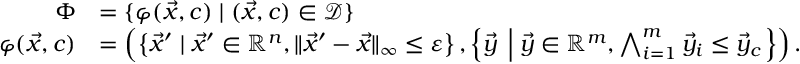
\begin{array} { r l } { \Phi } & { = { \{ \varphi ( \vec { x } , c ) \mid ( \vec { x } , c ) \in \mathcal { D } \} } } \\ { \varphi ( \vec { x } , c ) } & { = \left( \left\{ \vec { x } ^ { \prime } \mid \vec { x } ^ { \prime } \in \mathbb { R } ^ { n } , { \lVert \vec { x } ^ { \prime } - \vec { x } \rVert } _ { \infty } \leq \varepsilon \right\} , \left\{ \vec { y } \; \left\vert \; \vec { y } \in \mathbb { R } ^ { m } , \bigwedge _ { i = 1 } ^ { m } \vec { y } _ { i } \leq \vec { y } _ { c } \right. \right\} \right) . } \end{array}